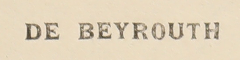
DE BEYROUT